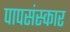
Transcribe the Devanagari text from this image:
पापसंस्कार